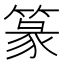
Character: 篆